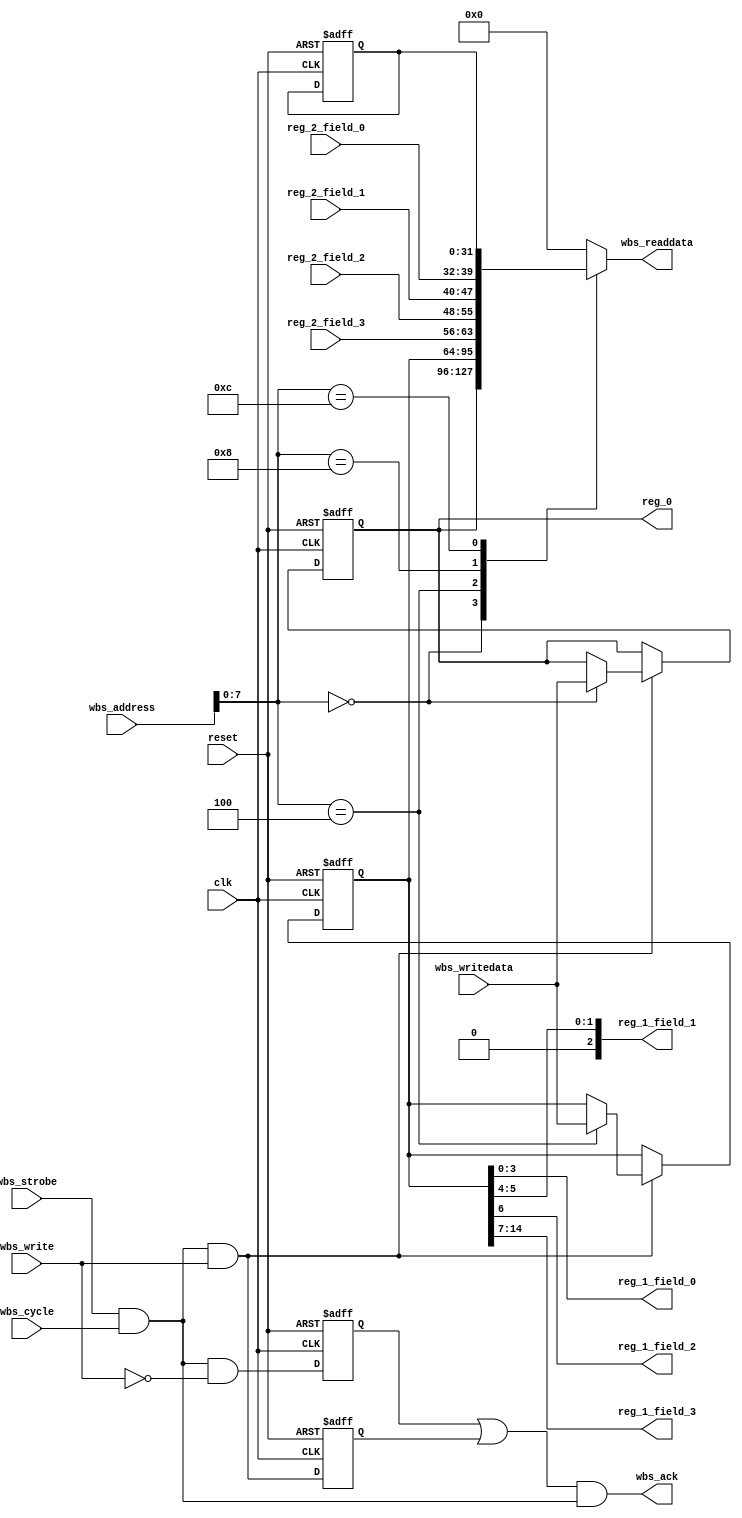
module gen_pulse_reg (
    input reset,
    input clk,

    // Wishbone signals
    input  [ADDR_WIDTH-1:0] wbs_address,
    input  [DATA_WIDTH-1:0] wbs_writedata,
    output [DATA_WIDTH-1:0] wbs_readdata,
    input  wbs_strobe,
    input  wbs_cycle,
    input  wbs_write,
    output wbs_ack,

    output [31:0] reg_0,

    output [3:0]  reg_1_field_0,
    output [2:0]  reg_1_field_1,
    output [0:0]  reg_1_field_2,
    output [7:0]  reg_1_field_3,

    input  [7:0]  reg_2_field_0,
    input  [7:0]  reg_2_field_1,
    input  [7:0]  reg_2_field_2,
    input  [7:0]  reg_2_field_3
);

    parameter ADDR_WIDTH = 16;
    parameter DATA_WIDTH = 32;

    reg  read_ack;
    reg  write_ack;
    wire trans     = wbs_strobe & wbs_cycle;
    wire write     = trans & wbs_write;
    wire read      = trans & ~wbs_write;
    assign wbs_ack = (read_ack | write_ack) & trans;


    always @(posedge clk or posedge reset) begin
        if (reset) begin 
            write_ack <= 1'b0;
            read_ack  <= 1'b0;
        end else begin
            write_ack <= write;
            read_ack  <= read;
        end
    end


    wire [ADDR_WIDTH-1:0] addr       = wbs_address;
    wire [DATA_WIDTH-1:0] write_data = wbs_writedata;
    reg  [DATA_WIDTH-1:0] read_data;
    assign wbs_readdata = read_data;


    reg  [31:0] reg_0_rw_reg;
    reg  [31:0] reg_1_rw_reg;
    wire [31:0] reg_2_ro_reg;
    reg  [31:0] reg_3_const_reg;


    always @(*) begin
        case (addr[7:0])
            8'h00:   read_data <= reg_0_rw_reg;
            8'h04:   read_data <= reg_1_rw_reg;
            8'h08:   read_data <= reg_2_ro_reg;
            8'h0c:   read_data <= reg_3_const_reg;
            default: read_data <= 32'h00000000;
        endcase
    end


    always @(posedge clk or posedge reset) begin
        if (reset) begin 
            // default values
            reg_0_rw_reg    <= 32'h01010101;
            reg_1_rw_reg    <= 32'h00ffff00;
            reg_3_const_reg <= 32'hdeadbeef;
        end 
        else if (write) begin
            case (addr[7:0])
                8'h00: begin reg_0_rw_reg <= write_data; end
                8'h04: begin reg_1_rw_reg <= write_data; end
                8'h08: begin end
                8'h0c: begin end
            endcase
        end
    end

    // reg_0 RW
    assign reg_0 = reg_0_rw_reg; 

    // reg_1 RW
    assign reg_1_field_0 = reg_1_rw_reg[3:0]; 
    assign reg_1_field_1 = reg_1_rw_reg[5:4]; 
    assign reg_1_field_2 = reg_1_rw_reg[6:6]; 
    assign reg_1_field_3 = reg_1_rw_reg[14:7]; 

    // reg_2 RO
    assign reg_2_ro_reg[7:0]   = reg_2_field_0;
    assign reg_2_ro_reg[15:8]  = reg_2_field_1;  
    assign reg_2_ro_reg[23:16] = reg_2_field_2; 
    assign reg_2_ro_reg[31:24] = reg_2_field_3; 

    // reg_3 CONST

endmodule